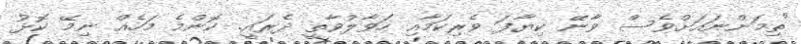
"ތިމަންނައަށްވެސް ވާނޭ ކިޔާފަ ވެރިކަމާއި ހަވާލުވާތީ ދެރައީ. ކޮންމެ މަހެއް ނިމޭ ކޮޅު